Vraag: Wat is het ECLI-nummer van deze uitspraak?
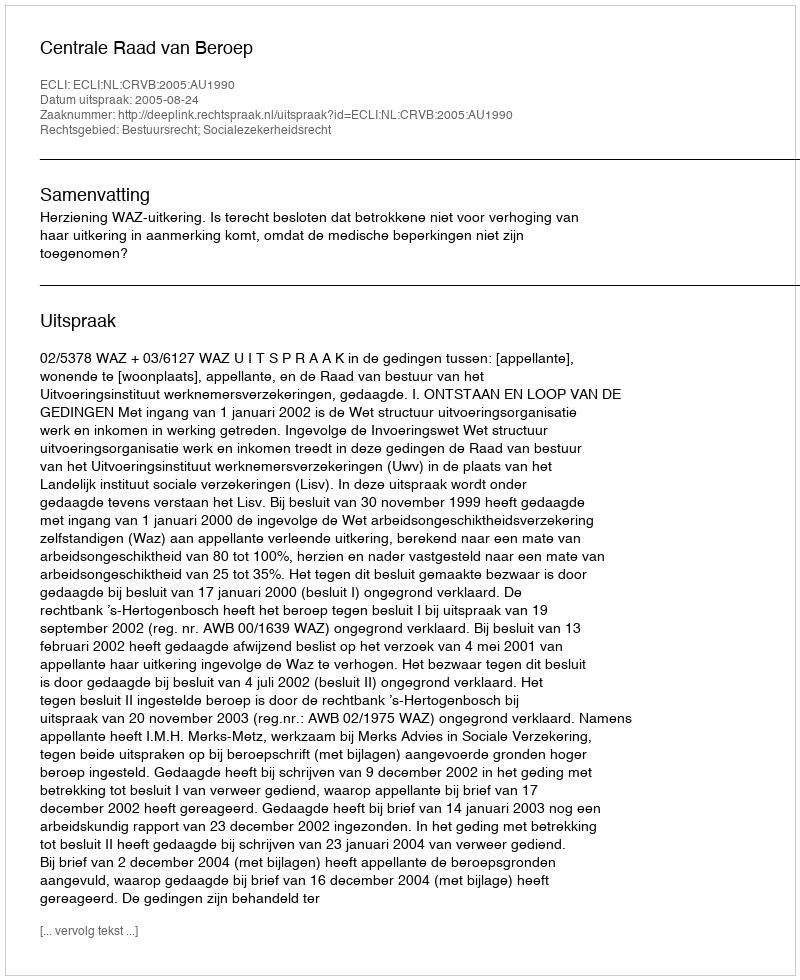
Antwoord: ECLI:NL:CRVB:2005:AU1990